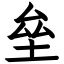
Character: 垒